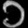
Digit: ၁